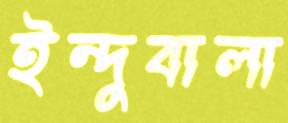
ইন্দুবালা